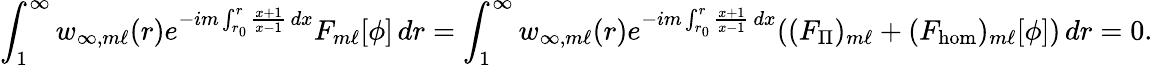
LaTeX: \int_{1}^{\infty}w_{\infty,m\ell}(r)e^{-im\int_{r_{0}}^{r}\frac{x+1}{x-1}\, dx}F_{m\ell}[\phi]\, dr=\int_{1}^{\infty}w_{\infty,m\ell}(r)e^{-im\int_{r_{0}}^{r}\frac{x+1}{x-1}\, dx}((F_{\Pi})_{m\ell}+(F_{\mathrm{hom}})_{m\ell}[\phi])\, dr=0.